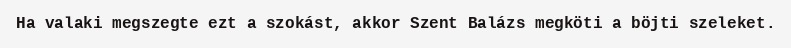
Ha valaki megszegte ezt a szokást, akkor Szent Balázs megköti a böjti szeleket.